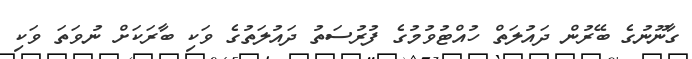
ގާނޫނުގެ ބޭރުން ދައުލަތް ހުއްޓުވުމުގެ ފުރުސަތު ދައުލަތުގެ ވަކި ބާރަކަށް ނުވަތަ ވަކި